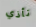
تأذي